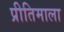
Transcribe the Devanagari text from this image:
प्रीतिमाला